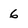
Character: 6